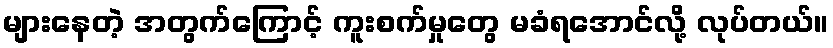
များနေတဲ့ အတွက်ကြောင့် ကူးစက်မှုတွေ မခံရအောင်လို့ လုပ်တယ်။